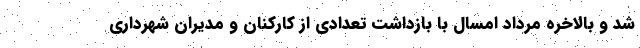
شد و بالاخره مرداد امسال با بازداشت تعدادی از کارکنان و مدیران شهرداری